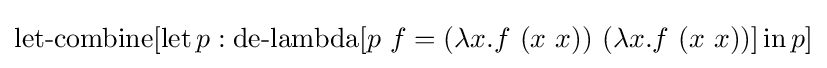
\operatorname {let-combine} [\operatorname {let} p:\operatorname {de-lambda} [p\ f=(\lambda x.f\ (x\ x))\ (\lambda x.f\ (x\ x))]\operatorname {in} p]